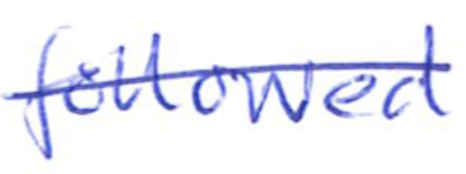
Text: followed
Cross-out: single-line
Writing tool: ballpoint